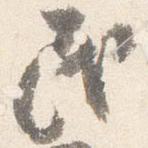
民